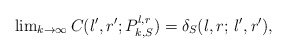
\begin{align*} \lim \nolimits_{k \to \infty} C(l',r';P_{k,S}^{l,r}) = \delta_S(l,r; \, l',r'),\end{align*}